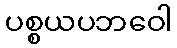
ပစ္စယပဘဝေါ